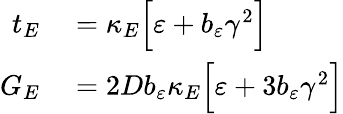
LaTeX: \begin{array}{rl}{t_{E}}&{{}=\kappa_{E}\Big[\varepsilon+b_{\varepsilon}\gamma^{2}\Big]}\\ {G_{E}}&{{}=2Db_{\varepsilon}\kappa_{E}\Big[\varepsilon+3b_{\varepsilon}\gamma^{2}\Big]}\end{array}